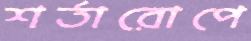
শর্তারোপে